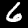
Digit: 6